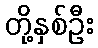
တို့နှစ်ဦး